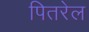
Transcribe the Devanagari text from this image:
पितरेल